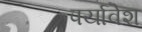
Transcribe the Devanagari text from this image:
पर्यावेश